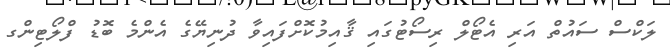
ލަކްސް ސައުތް އަރި އެޓޯލް ރިސޯޓުގައި ޤާއިމުކޮށްފައިވާ ދުނިޔޭގެ އެންމެ ބޮޑު ފްލޯޓިންގ